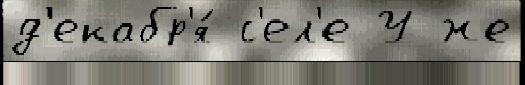
д'екабр'я́ с'ел'е У же